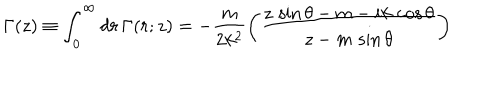
\Gamma ( z ) \equiv \int _ { 0 } ^ { \infty } d r \, \Gamma ( r ; z ) = - \frac { m } { 2 k ^ { 2 } } \left( { \frac { z \, \sin \theta - m - i k \, \cos \theta } { z - m \, \sin \theta } } \right)